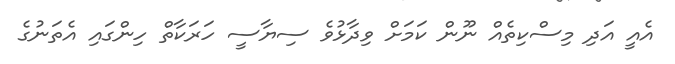
އެއީ އަދި މިސްކިތެއް ނޫން ކަމަށް ވިދާޅުވެ ސިޔާސީ ހަރަކާތް ހިންގައި އެތަނުގެ